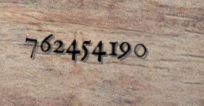
762454190